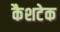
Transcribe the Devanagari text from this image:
कैशटेक